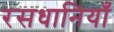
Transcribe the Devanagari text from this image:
रसधानियाँ